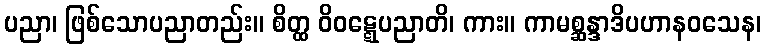
ပညာ၊ ဖြစ်သောပညာတည်း။ စိတ္ထ ဝိဝဋ္ဋေပညာတိ၊ ကား။ ကာမစ္ဆန္ဒာဒိပဟာနဝသေန၊